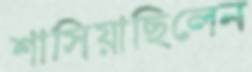
শাসিয়াছিলেন